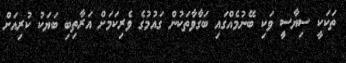
ތަކަކީ ސިޔާސީ ވަކި ބޭނުމެއްގައި ބަގާވާތަކުން ގައުމުގެ ވެރިކަމަށް އަރާތިބި ބަޔަކު ކުރިއަށް